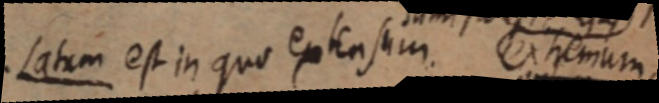
. Latum est in quo extensum extremum